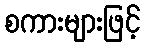
စကားများဖြင့်